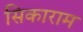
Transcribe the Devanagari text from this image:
सिकाराम